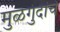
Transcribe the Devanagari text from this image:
मुळगुंदांचे